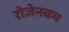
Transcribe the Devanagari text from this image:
रोजेनबम